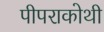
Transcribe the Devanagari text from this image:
पीपराकोथी